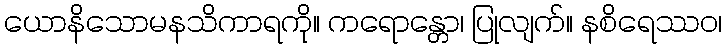
ယောနိသောမနသိကာရကို။ ကရောန္တော၊ ပြုလျက်။ နစိရေဿဝ၊